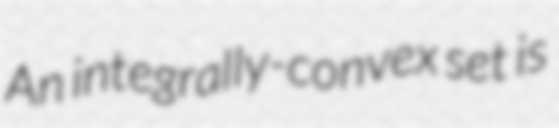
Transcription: An integrally-convex set is